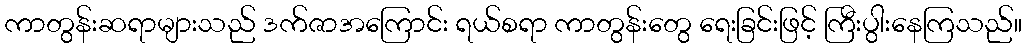
ကာတွန်းဆရာများသည် ဒက်ဇာအကြောင်း ရယ်စရာ ကာတွန်းတွေ ရေးခြင်းဖြင့် ကြီးပွါးနေကြသည်။